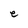
Character: e